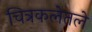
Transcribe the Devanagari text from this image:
चित्रकलेतले